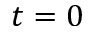
t = 0